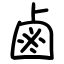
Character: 鹵